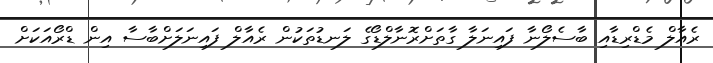
ރެއާލް މެޑްރިޑާއި ބާސެލޯނާ ފައިނަލާ ގާތަށްރޮނާލްޑޯގެ ލަނޑުތަކުން ރެއާލް ފައިނަލަށްބާސާ އިން ޑްރޯއަކަށް